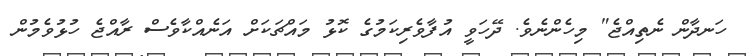
ހަނދާން ނެތިއްޖެ" މިހެންނެވެ. ދޭހަވީ އުފާވެރިކަމުގެ ކޮޅު މައްޗަކަށް އަނެއްކާވެސް ރާއްޖެ ހުޅުވެމުން